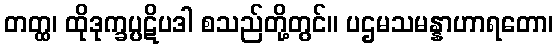
တတ္ထ၊ ထိုဒုက္ခပ္ပဋိပဒါ စသည်တို့တွင်။ ပဌမသမန္နာဟာရတော၊